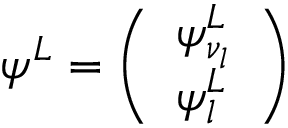
\psi ^ { L } = \left( \begin{array} { l } { { \psi _ { \nu _ { l } } ^ { L } } } \\ { { \psi _ { l } ^ { L } } } \end{array} \right)